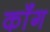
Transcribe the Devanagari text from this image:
कॉंग